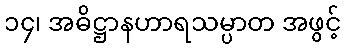
၁၄၊ အဓိဋ္ဌာနဟာရသမ္ပာတ အဖွင့်